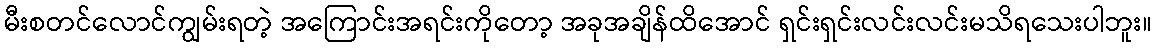
မီးစတင်လောင်ကျွမ်းရတဲ့ အကြောင်းအရင်းကိုတော့ အခုအချိန်ထိအောင် ရှင်းရှင်းလင်းလင်းမသိရသေးပါဘူး။